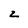
Character: z